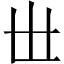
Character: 𠀍